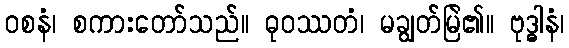
ဝစနံ၊ စကားတော်သည်။ ဓုဝဿတံ၊ မချွတ်မြဲ၏။ ဗုဒ္ဓါနံ၊